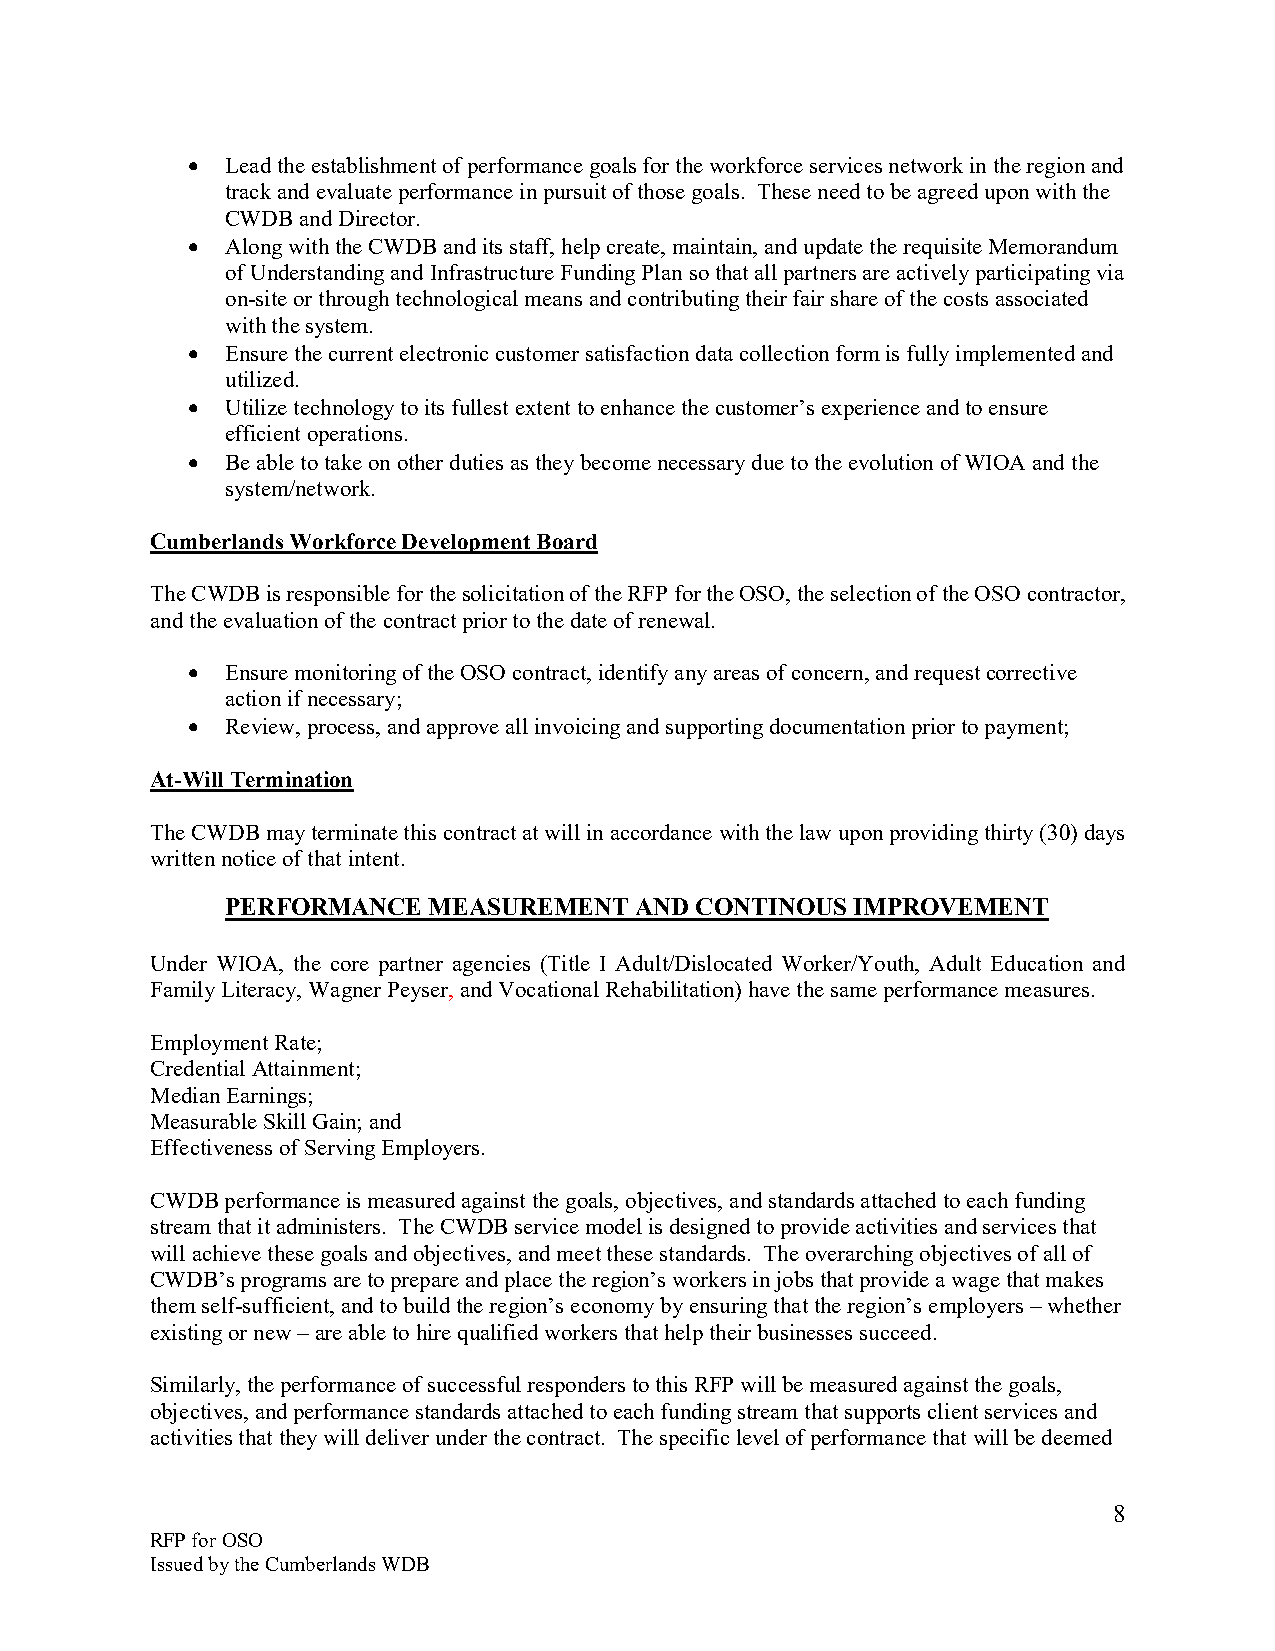
•  Lead the establishment of performance goals for the workforce services network in the region and
 track and evaluate performance in pursuit of those goals. These need to be agreed upon with the
 CWDB and Director.
 •  Along with the CWDB and its staff, help create, maintain, and update the requisite Memorandum
 of Understanding and Infrastructure Funding Plan so that all partners are actively participating via
 on-site or through technological means and contributing their fair share of the costs associated
 with the system.
 •  Ensure the current electronic customer satisfaction data collection form is fully implemented and
 utilized.
 •  Utilize technology to its fullest extent to enhance the customer’s experience and to ensure
 efficient operations.
 •  Be able to take on other duties as they become necessary due to the evolution of WIOA and the
 system/network.
 Cumberlands Workforce Development Board
 The CWDB is responsible for the solicitation of the RFP for the OSO, the selection of the OSO contractor,
 and the evaluation of the contract prior to the date of renewal.
 •  Ensure monitoring of the OSO contract, identify any areas of concern, and request corrective
 action if necessary;
 •  Review, process, and approve all invoicing and supporting documentation prior to payment;
 At-Will Termination
 The CWDB may terminate this contract at will in accordance with the law upon providing thirty (30) days
 written notice of that intent.
 PERFORMANCE  MEASUREMENT   AND CONTINOUS  IMPROVEMENT
 Under WIOA, the core partner agencies (Title I Adult/Dislocated Worker/Youth, Adult Education and
 Family Literacy, Wagner Peyser, and Vocational Rehabilitation) have the same performance measures.
 Employment Rate;
 Credential Attainment;
 Median Earnings;
 Measurable Skill Gain; and
 Effectiveness of Serving Employers.
 CWDB performance is measured against the goals, objectives, and standards attached to each funding
 stream that it administers. The CWDB service model is designed to provide activities and services that
 will achieve these goals and objectives, and meet these standards. The overarching objectives of all of
 CWDB’s programs are to prepare and place the region’s workers in jobs that provide a wage that makes
 them self-sufficient, and to build the region’s economy by ensuring that the region’s employers – whether
 existing or new – are able to hire qualified workers that help their businesses succeed.
 Similarly, the performance of successful responders to this RFP will be measured against the goals,
 objectives, and performance standards attached to each funding stream that supports client services and
 activities that they will deliver under the contract. The specific level of performance that will be deemed
 8
 RFP for OSO
 Issued by the Cumberlands WDB